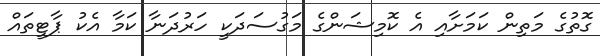
ގޮތުގެ މަތިން ކަމަށާއި އެ ކޮމިޝަންގެ މަގުސަދަކީ ހަރުދަނާ ކަމާ އެކު ޕާޓީތައް